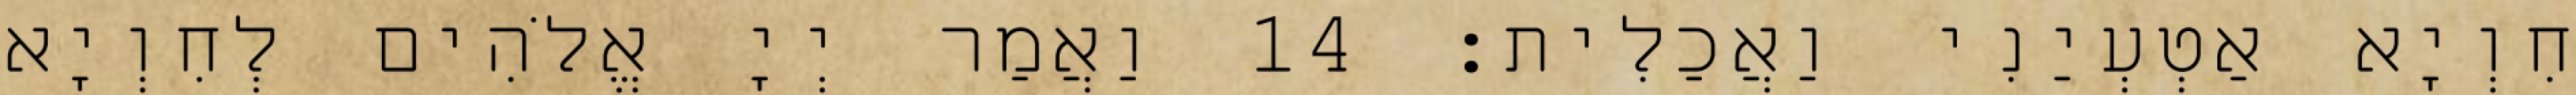
חִוְיָא אַטְעְיַנִי וַאֲכַלִית׃ 14 וַאֲמַר יְיָ אֱלֹהִים לְחִוְיָא